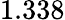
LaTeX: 1.338